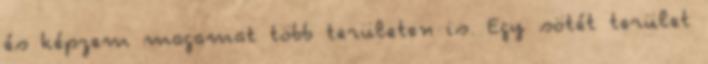
és képzem magamat több területen is. Egy sötét terület